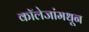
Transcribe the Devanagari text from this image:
कॉलेजांमधून